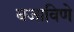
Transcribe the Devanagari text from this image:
बजाविणे